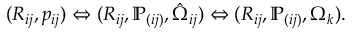
\begin{array} { r } { ( R _ { i j } , p _ { i j } ) \Leftrightarrow ( R _ { i j } , { \mathbb P } _ { ( i j ) } , \hat { \Omega } _ { i j } ) \Leftrightarrow ( R _ { i j } , { \mathbb P } _ { ( i j ) } , \Omega _ { k } ) . } \end{array}